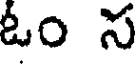
ఓం స